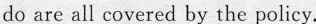
do are all covered by the poiicy.